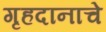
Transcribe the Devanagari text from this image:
गृहदानाचे